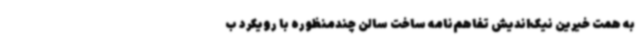
به همت خیرین نیک‌اندیش تفاهم‌نامه ساخت سالن چندمنظوره با رویکرد ب